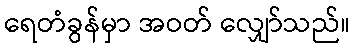
ရေတံခွန်မှာ အဝတ် လျှော်သည်။